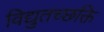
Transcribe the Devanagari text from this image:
विद्युतच्छक्ति